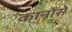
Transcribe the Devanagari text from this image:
कानोंसे